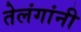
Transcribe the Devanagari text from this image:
तेलंगांनी